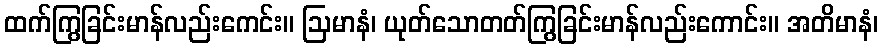
ထက်ကြွခြင်းမာန်လည်းကေင်း။ ဩမာနံ၊ ယုတ်သောတတ်ကြွခြင်းမာန်လည်းကောင်း။ အတိမာနံ၊